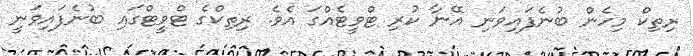
ރިތިކް މިހެން ބުނެފައިވަނި އޭނާ ކުރި ޓްވީޓެއްގަ އެވެ. ރިތިކްގެ ޓްވީޓްގައި ބުނެފައިވަނީ